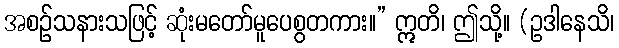
အစဉ်သနားသဖြင့် ဆုံးမတော်မူပေစွတကား။” ဣတိ၊ ဤသို့။ (ဥဒါနေသိ၊